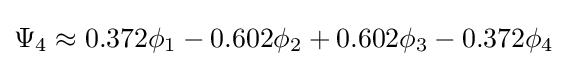
\Psi _{4}\approx 0.372\phi _{1}-0.602\phi _{2}+0.602\phi _{3}-0.372\phi _{4}